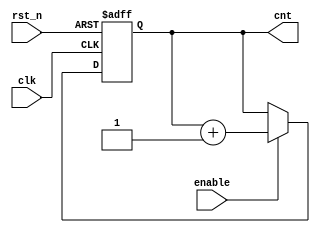
module counter 
#(
    parameter WIDTH = 32
)
(
    input clk,
    input rst_n,
    input enable,
    output reg [WIDTH - 1:0] cnt
);
    always @(posedge clk or negedge rst_n) begin
        if(!rst_n)
            cnt <= {WIDTH{1'b0}};
        else if (enable)
            cnt <= cnt + 1'b1;
        else 
            cnt <= cnt;
    end
endmodule